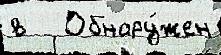
в   Обнару́жен